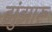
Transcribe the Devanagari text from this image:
झुंझारू